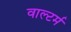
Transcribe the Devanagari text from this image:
वाल्टर्म